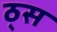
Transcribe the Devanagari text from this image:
ठ्स